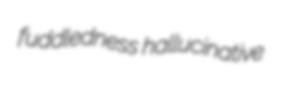
fuddledness hallucinative